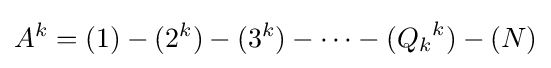
A^{k}=(1)-(2^{k})-(3^{k})-\cdots -({Q_{k}}^{k})-(N)